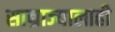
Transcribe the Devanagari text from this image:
साम्राज्यालाही